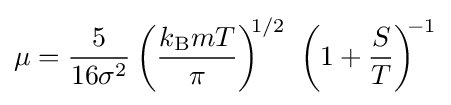
\mu ={\frac {5}{16\sigma ^{2}}}\left({\frac {k_{\text{B}}mT}{\pi }}\right)^{\!\!1/2}\ \left(1+{\frac {S}{T}}\right)^{\!\!-1}